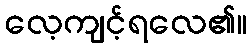
လေ့ကျင့်ရလေ၏။